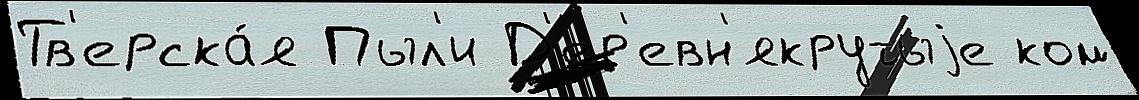
Тв'ерска́я Пыл'и Д'ер'евн'якрутыjе ком